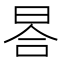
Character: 𣆗